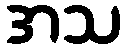
အသ